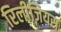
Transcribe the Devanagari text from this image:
रिलीज़ियस